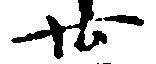
廿